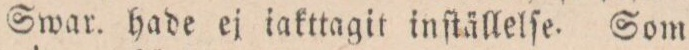
Swar. hade ej iakttagit inſtällelſe. Som